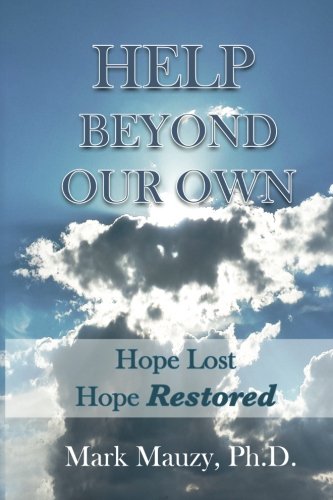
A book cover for Help Beyond Our Own: Hope Lost, Hope Restored for the LDS Man Struggling with Pornography Addiction; Mark Mauzy PhD; Health, Fitness & Dieting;